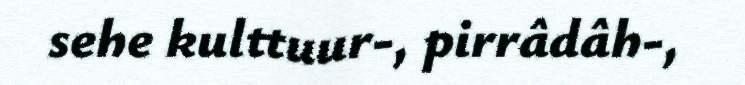
sehe kulttuur-, pirrâdâh-,